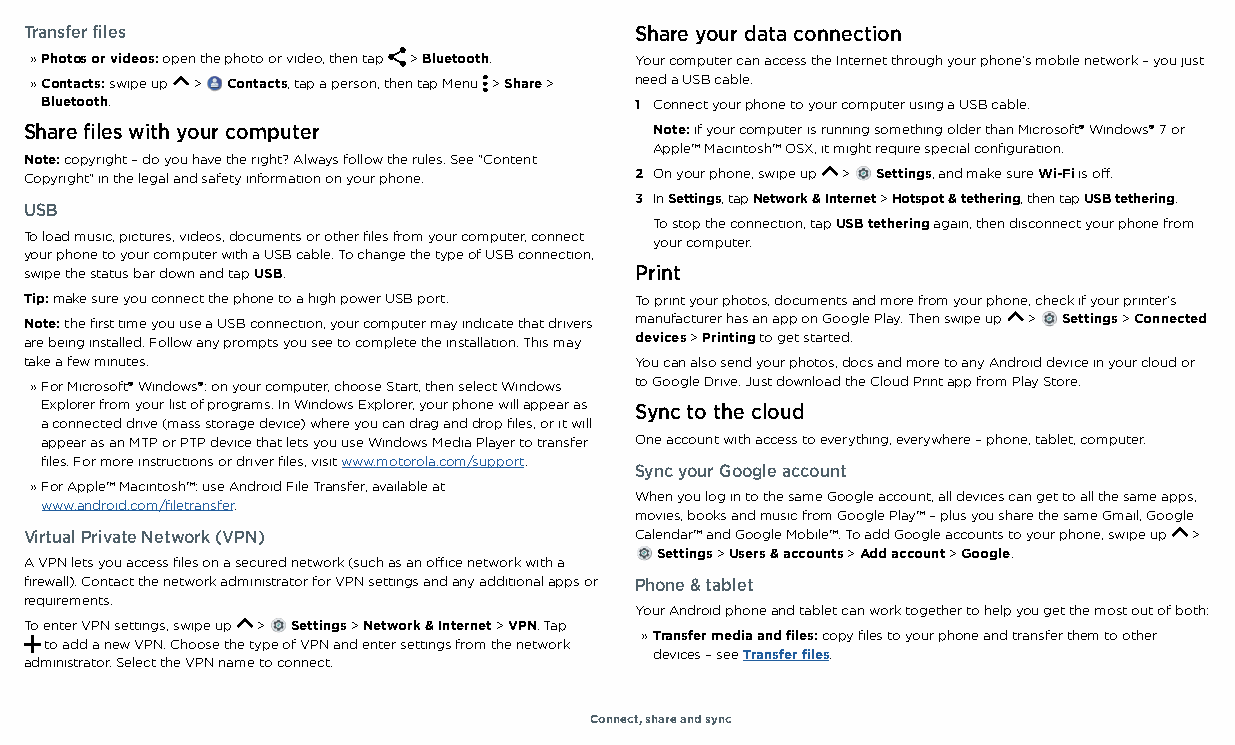
Transfer files                          Share your data connection
 » Photos or videos: open the photo or video, then tap > Bluetooth. Your computer can access the Internet through your phone's mobile network – you just
 » Contacts: swipe up > Contacts, tap a person, then tap Menu > Share > need a USB cable.
 Bluetooth.                             1 Connect your phone to your computer using a USB cable.
 Share files with your computer           Note: if your computer is running something older than Microsoft® Windows® 7 or
 Apple™ Macintosh™ OSX, it might require special configuration.
 Note: copyright – do you have the right? Always follow the rules. See "Content
 Copyright" in the legal and safety information on your phone. 2 On your phone, swipe up > Settings, and make sure Wi-Fi is off.
 3 In Settings, tap Network & Internet > Hotspot & tethering, then tap USB tethering.
 USB
 To stop the connection, tap USB tethering again, then disconnect your phone from
 To load music, pictures, videos, documents or other files from your computer, connect
 your computer.
 your phone to your computer with a USB cable. To change the type of USB connection,
 swipe the status bar down and tap USB.  Print
 Tip: make sure you connect the phone to a high power USB port. To print your photos, documents and more from your phone, check if your printer's
 Note: the first time you use a USB connection, your computer may indicate that drivers manufacturer has an app on Google Play. Then swipe up > Settings > Connected
 are being installed. Follow any prompts you see to complete the installation. This may devices > Printing to get started.
 take a few minutes.                     You can also send your photos, docs and more to any Android device in your cloud or
 » For Microsoft® Windows®: on your computer, choose Start, then select Windows to Google Drive. Just download the Cloud Print app from Play Store.
 Explorer from your list of programs. In Windows Explorer, your phone will appear as Sync to the cloud
 a connected drive (mass storage device) where you can drag and drop files, or it will
 appear as an MTP or PTP device that lets you use Windows Media Player to transfer One account with access to everything, everywhere – phone, tablet, computer.
 files. For more instructions or driver files, visit www.motorola.com/support.
 Sync your Google account
 » For Apple™ Macintosh™: use Android File Transfer, available at
 When you log in to the same Google account, all devices can get to all the same apps,
 www.android.com/filetransfer.
 movies, books and music from Google Play™ – plus you share the same Gmail, Google
 Virtual Private Network (VPN)           Calendar™ and Google Mobile™. To add Google accounts to your phone, swipe up >
 Settings > Users & accounts > Add account > Google.
 A VPN lets you access files on a secured network (such as an office network with a
 firewall). Contact the network administrator for VPN settings and any additional apps or Phone & tablet
 requirements.
 Your Android phone and tablet can work together to help you get the most out of both:
 To enter VPN settings, swipe up > Settings > Network & Internet > VPN. Tap
 » Transfer media and files: copy files to your phone and transfer them to other
 to add a new VPN. Choose the type of VPN and enter settings from the network
 devices – see Transfer files.
 administrator. Select the VPN name to connect.
 Connect, share and sync